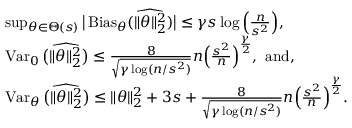
\begin{array} { r l } & { \operatorname* { s u p } _ { \theta \in \Theta ( s ) } \big | \operatorname { B i a s } _ { \theta } ( \widehat { \| \theta \| _ { 2 } ^ { 2 } } ) \big | \leq \gamma s \log \Big ( \frac n { s ^ { 2 } } \Big ) , } \\ & { \operatorname { V a r } _ { 0 } \big ( \widehat { \| \theta \| _ { 2 } ^ { 2 } } \big ) \leq \frac { 8 } { \sqrt { \gamma \log ( n / s ^ { 2 } ) } } n \Big ( \frac { s ^ { 2 } } { n } \Big ) ^ { \frac { \gamma } 2 } , \mathrm { ~ a n d , } } \\ & { \operatorname { V a r } _ { \theta } \big ( \widehat { \| \theta \| _ { 2 } ^ { 2 } } \big ) \leq \| \theta \| _ { 2 } ^ { 2 } + 3 s + \frac { 8 } { \sqrt { \gamma \log ( n / s ^ { 2 } ) } } n \Big ( \frac { s ^ { 2 } } { n } \Big ) ^ { \frac { \gamma } 2 } . } \end{array}